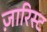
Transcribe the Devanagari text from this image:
ज़ारिस्ट